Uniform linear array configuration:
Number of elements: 24
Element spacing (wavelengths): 0.5
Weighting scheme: uniform
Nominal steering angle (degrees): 0
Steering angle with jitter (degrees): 1.915
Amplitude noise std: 0.05
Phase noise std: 0.05

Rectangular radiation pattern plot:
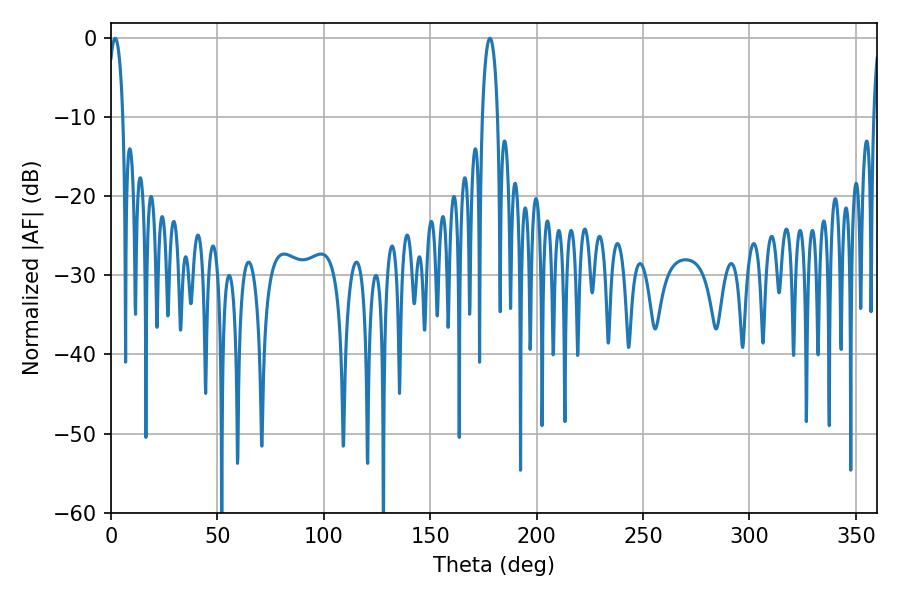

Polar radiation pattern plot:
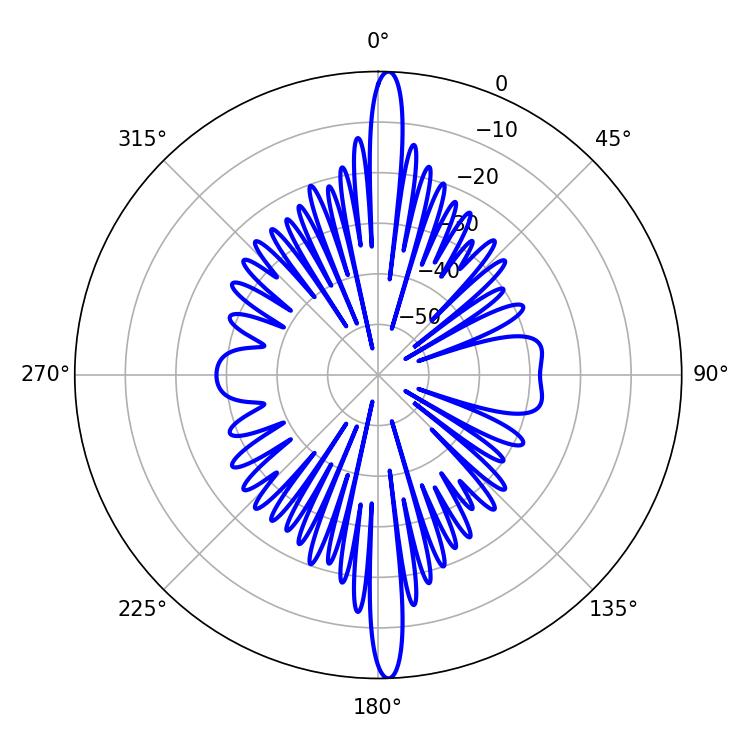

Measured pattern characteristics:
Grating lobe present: FALSE
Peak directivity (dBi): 25.908
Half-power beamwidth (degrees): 3.96
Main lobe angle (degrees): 1.98